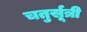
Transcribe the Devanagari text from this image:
चतुर्सूत्री